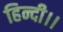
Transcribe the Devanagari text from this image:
हिन्दी।।